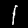
Digit: 1